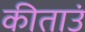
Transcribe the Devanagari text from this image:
कीताउं